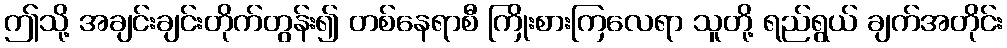
ဤသို့ အချင်းချင်းတိုက်တွန်း၍ တစ်နေရာစီ ကြိုးစားကြလေရာ သူတို့ ရည်ရွယ် ချက်အတိုင်း